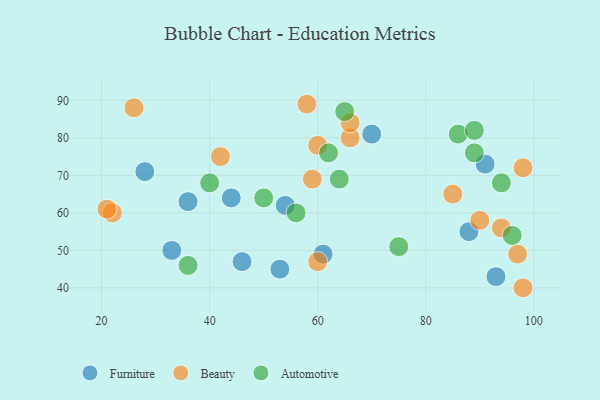
{"axis": {"x": "GDP", "y": "Life Expectancy"}, "legend": ["Automotive", "Beauty", "Furniture"], "data": [{"x": "70", "y": 81, "type": "Furniture"}, {"x": "33", "y": 50, "type": "Furniture"}, {"x": "36", "y": 63, "type": "Furniture"}, {"x": "54", "y": 62, "type": "Furniture"}, {"x": "93", "y": 43, "type": "Furniture"}, {"x": "53", "y": 45, "type": "Furniture"}, {"x": "88", "y": 55, "type": "Furniture"}, {"x": "46", "y": 47, "type": "Furniture"}, {"x": "61", "y": 49, "type": "Furniture"}, {"x": "44", "y": 64, "type": "Furniture"}, {"x": "28", "y": 71, "type": "Furniture"}, {"x": "91", "y": 73, "type": "Furniture"}, {"x": "22", "y": 60, "type": "Beauty"}, {"x": "66", "y": 80, "type": "Beauty"}, {"x": "98", "y": 72, "type": "Beauty"}, {"x": "97", "y": 49, "type": "Beauty"}, {"x": "60", "y": 47, "type": "Beauty"}, {"x": "58", "y": 89, "type": "Beauty"}, {"x": "21", "y": 61, "type": "Beauty"}, {"x": "98", "y": 40, "type": "Beauty"}, {"x": "66", "y": 84, "type": "Beauty"}, {"x": "90", "y": 58, "type": "Beauty"}, {"x": "85", "y": 65, "type": "Beauty"}, {"x": "94", "y": 56, "type": "Beauty"}, {"x": "59", "y": 69, "type": "Beauty"}, {"x": "26", "y": 88, "type": "Beauty"}, {"x": "42", "y": 75, "type": "Beauty"}, {"x": "60", "y": 78, "type": "Beauty"}, {"x": "75", "y": 51, "type": "Automotive"}, {"x": "94", "y": 68, "type": "Automotive"}, {"x": "62", "y": 76, "type": "Automotive"}, {"x": "89", "y": 76, "type": "Automotive"}, {"x": "86", "y": 81, "type": "Automotive"}, {"x": "40", "y": 68, "type": "Automotive"}, {"x": "64", "y": 69, "type": "Automotive"}, {"x": "96", "y": 54, "type": "Automotive"}, {"x": "50", "y": 64, "type": "Automotive"}, {"x": "65", "y": 87, "type": "Automotive"}, {"x": "56", "y": 60, "type": "Automotive"}, {"x": "89", "y": 82, "type": "Automotive"}, {"x": "36", "y": 46, "type": "Automotive"}]}